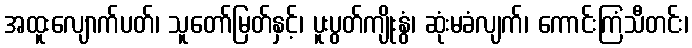
အထူးလျောက်ပတ်၊ သူတော်မြတ်နှင့်၊ ပူးပွတ်ကျိုးနွံ၊ ဆုံးမခံလျက်၊ ကောင်းကြံသီတင်း၊